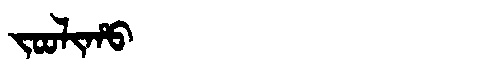
Manchu: ᠵᠣᠣᠯᡳᡥᠣ
Romanization: JOOLIHO